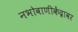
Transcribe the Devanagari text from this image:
नभोवाणीकेंद्रावर